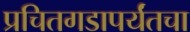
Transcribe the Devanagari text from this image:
प्रचितगडापर्यंतचा